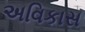
અવિકાસ